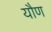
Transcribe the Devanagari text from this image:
यौण